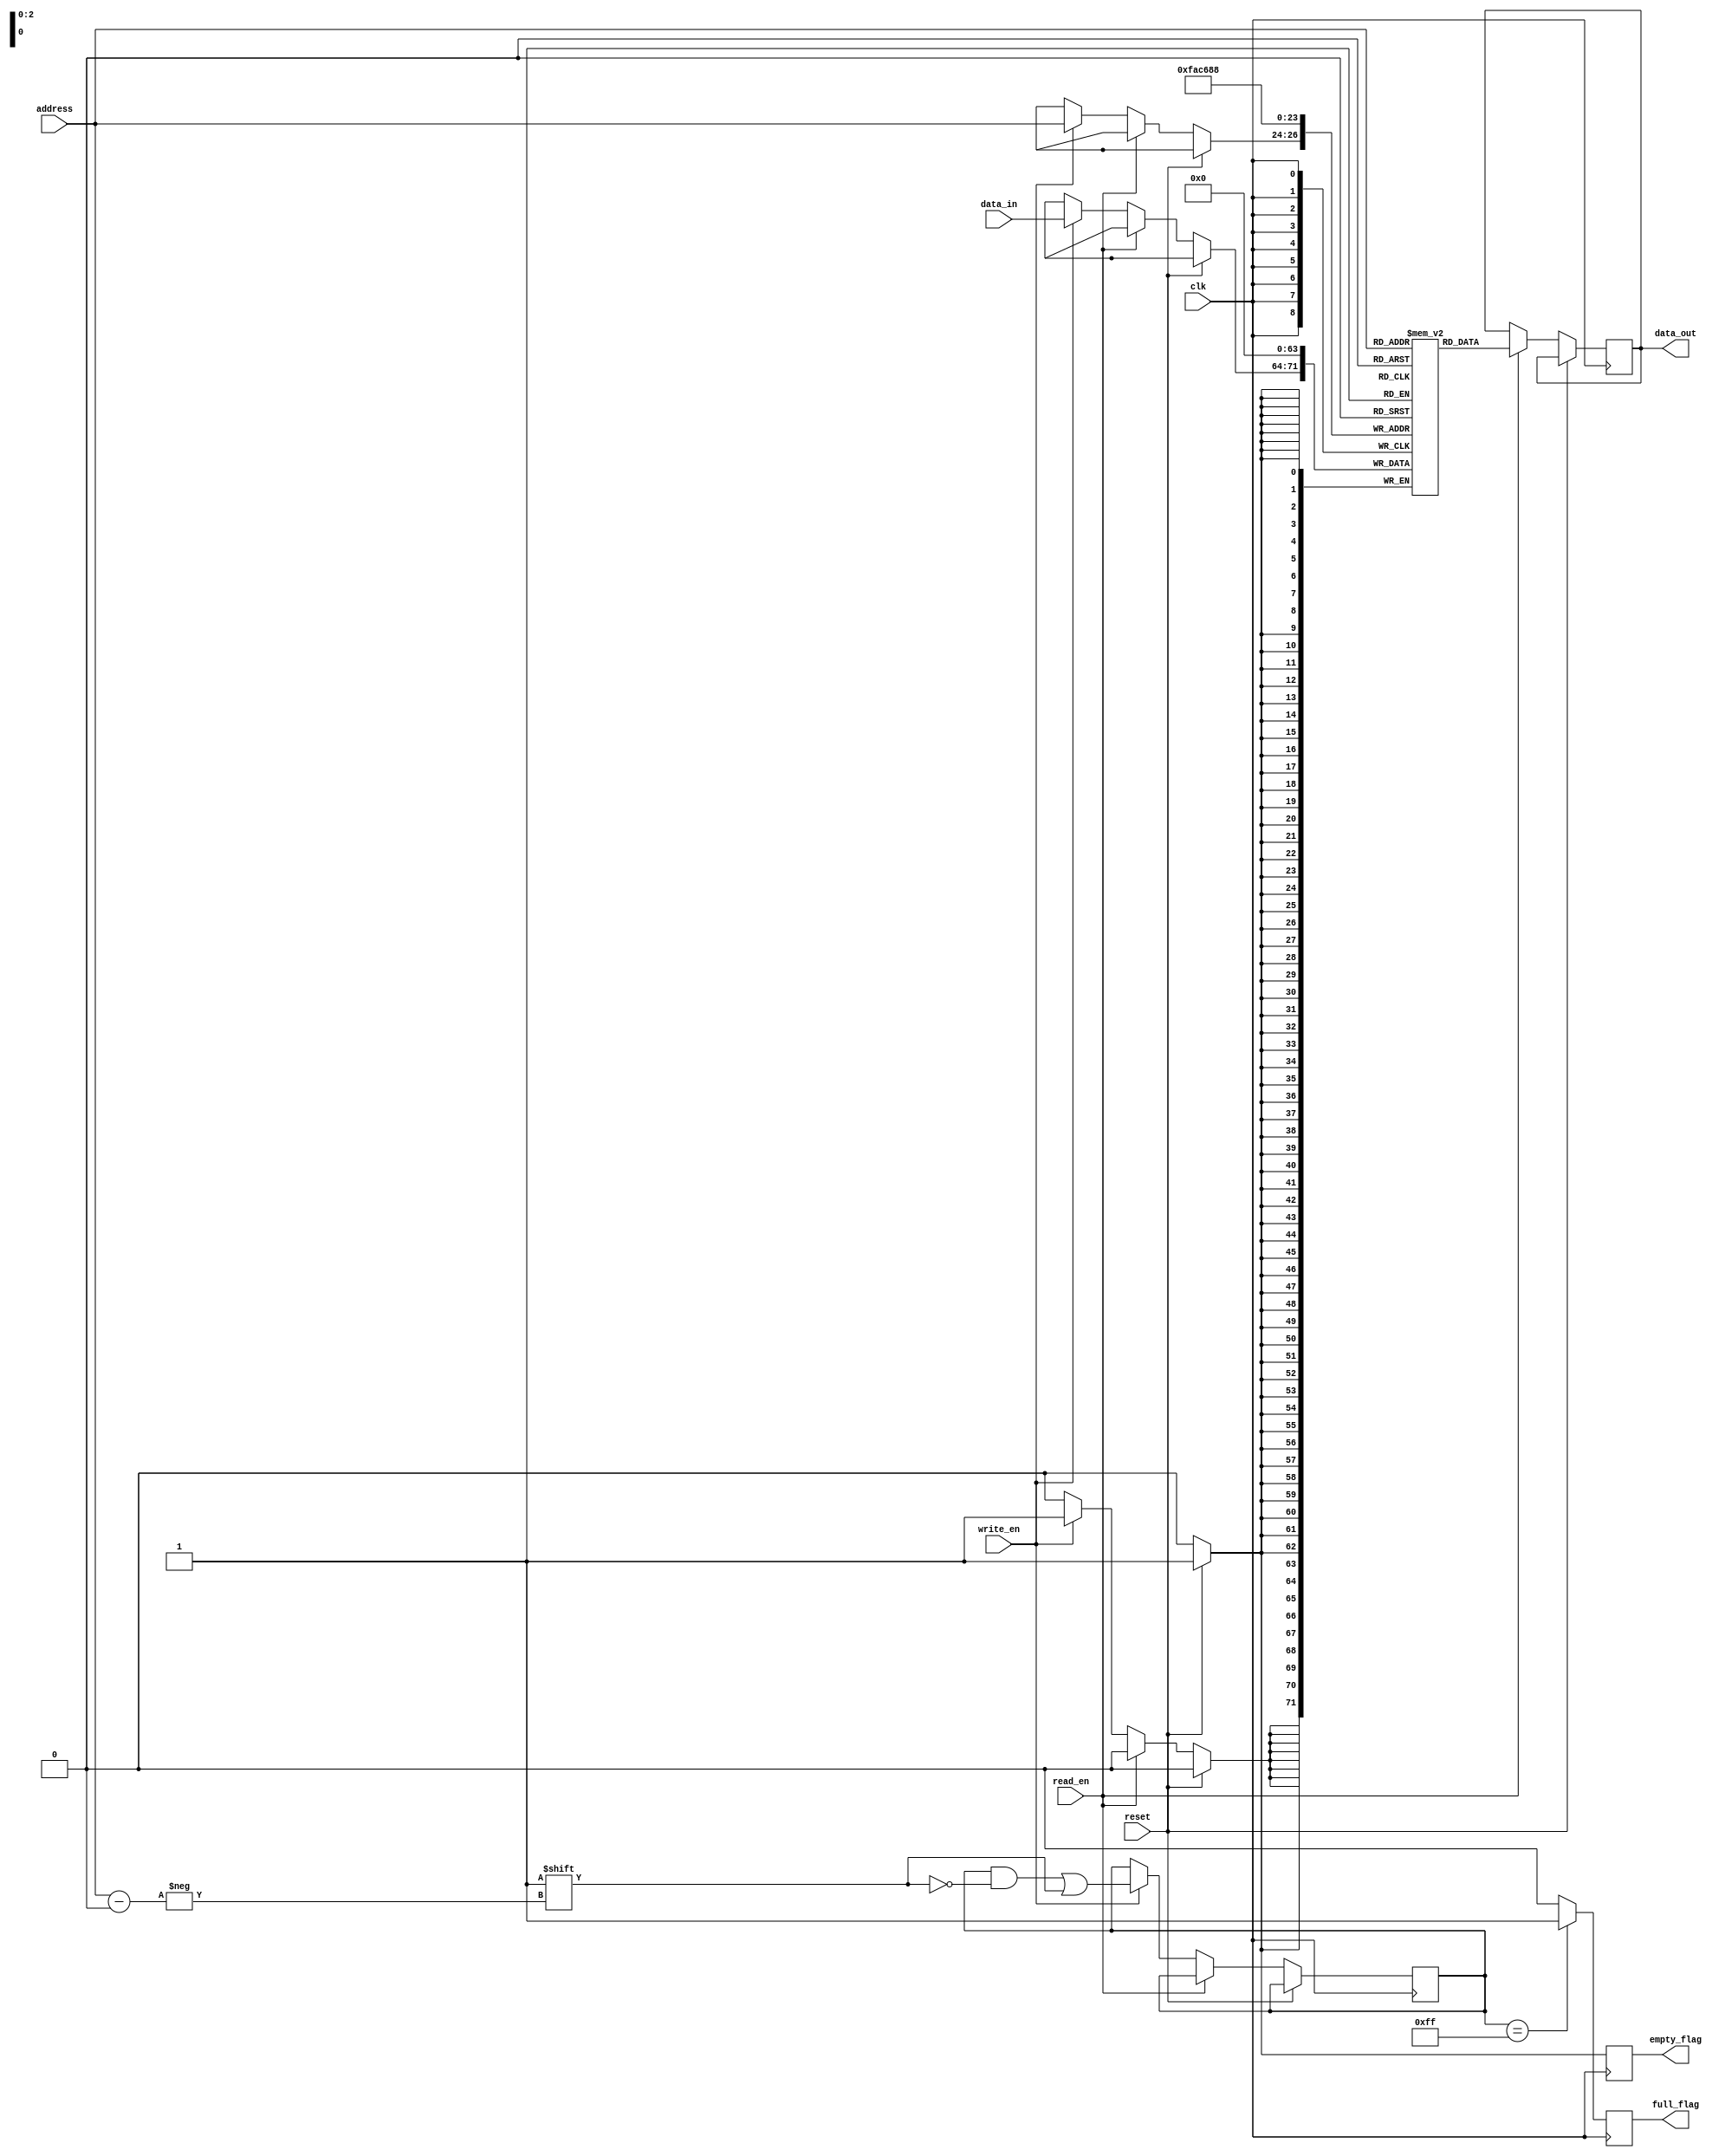
module memory (
    input wire clk, read_en, write_en, reset,
    input wire[2:0] address,
    input wire[7:0] data_in,
    output reg[7:0] data_out,
    output reg full_flag, empty_flag
);
    reg[7:0] MEM[7:0];
    reg[7:0] f_f;
    integer i;

    always@(posedge clk)
    begin
        full_flag <=0;
        empty_flag<=0;
        
        if (reset)
        begin
            for(i=0; i<8; i=i+1)
            begin
                 MEM[i] <= 0;
            end
            empty_flag <= 1;
        end
        else
        begin
            if(read_en)
                data_out <= MEM[address];
            else if(write_en)
            begin
                MEM[address] <= data_in;
                f_f[address] <= 1'b1;
            end
        end

        if(f_f==8'b1111_1111)
            full_flag <= 1;            
    end

    
endmodule